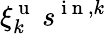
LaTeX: \xi_{k}^{\mathrm{~u~}}\: s^{\mathrm{~i~n~},k}